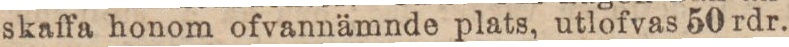
skaffa honom ofvannämnde plats, utlofvas 50 rdr.